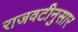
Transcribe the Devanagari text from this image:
राजवटीनुसार